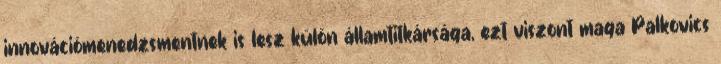
innovációmenedzsmentnek is lesz külön államtitkársága, ezt viszont maga Palkovics